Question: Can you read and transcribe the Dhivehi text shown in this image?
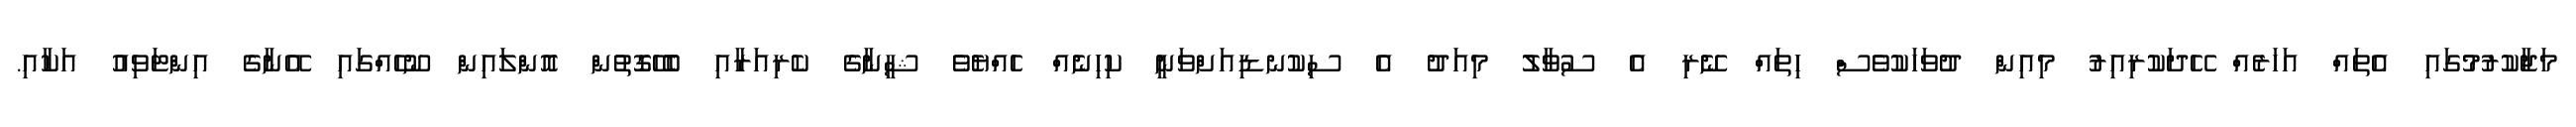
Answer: މަޖާކުރުމުގައި އެތައް އަހަރެއް ހޭދަކުރިއިރު މިއިން ދުވަހަކުވެސް ހިތައް ނޭރި އެ ސުވާލު މިއަދު އެ ސިކުނޑިއަށްވަނީ ކިހިނެއް ހެއްޔެވެ ޝީނާގެ ކެރިއަރާއި ބެހޭގޮތުން އޮންލައިން ނޫހެއްގައި އޭނާގެ އިންޓަވިއު އަކާއި.